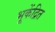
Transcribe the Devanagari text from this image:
भूकेंद्रित